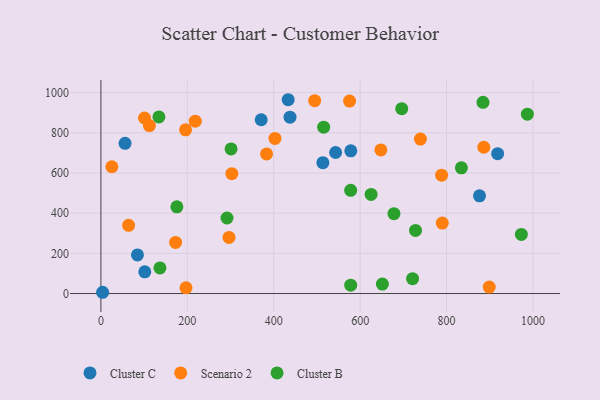
{"axis": {"x": "Ad Spend", "y": "Exam Score"}, "legend": ["Cluster B", "Cluster C", "Scenario 2"], "data": [{"x": "513.8", "y": 651.5, "type": "Cluster C"}, {"x": "371.0", "y": 865.0, "type": "Cluster C"}, {"x": "876.3", "y": 486.6, "type": "Cluster C"}, {"x": "4.0", "y": 6.2, "type": "Cluster C"}, {"x": "918.3", "y": 696.2, "type": "Cluster C"}, {"x": "433.5", "y": 964.8, "type": "Cluster C"}, {"x": "101.6", "y": 107.9, "type": "Cluster C"}, {"x": "578.4", "y": 710.6, "type": "Cluster C"}, {"x": "55.9", "y": 747.5, "type": "Cluster C"}, {"x": "543.3", "y": 702.0, "type": "Cluster C"}, {"x": "437.7", "y": 877.9, "type": "Cluster C"}, {"x": "84.6", "y": 192.3, "type": "Cluster C"}, {"x": "739.6", "y": 769.1, "type": "Scenario 2"}, {"x": "218.4", "y": 858.1, "type": "Scenario 2"}, {"x": "112.3", "y": 836.0, "type": "Scenario 2"}, {"x": "64.1", "y": 339.4, "type": "Scenario 2"}, {"x": "197.0", "y": 28.6, "type": "Scenario 2"}, {"x": "100.9", "y": 873.7, "type": "Scenario 2"}, {"x": "898.8", "y": 32.0, "type": "Scenario 2"}, {"x": "296.5", "y": 279.1, "type": "Scenario 2"}, {"x": "788.6", "y": 589.2, "type": "Scenario 2"}, {"x": "196.0", "y": 815.0, "type": "Scenario 2"}, {"x": "648.0", "y": 714.8, "type": "Scenario 2"}, {"x": "886.3", "y": 728.3, "type": "Scenario 2"}, {"x": "383.4", "y": 694.8, "type": "Scenario 2"}, {"x": "494.8", "y": 960.0, "type": "Scenario 2"}, {"x": "25.3", "y": 631.0, "type": "Scenario 2"}, {"x": "402.9", "y": 771.9, "type": "Scenario 2"}, {"x": "790.1", "y": 350.9, "type": "Scenario 2"}, {"x": "575.6", "y": 958.1, "type": "Scenario 2"}, {"x": "172.9", "y": 254.3, "type": "Scenario 2"}, {"x": "303.1", "y": 596.7, "type": "Scenario 2"}, {"x": "728.2", "y": 314.2, "type": "Cluster B"}, {"x": "175.9", "y": 431.8, "type": "Cluster B"}, {"x": "578.1", "y": 513.7, "type": "Cluster B"}, {"x": "578.2", "y": 41.3, "type": "Cluster B"}, {"x": "973.2", "y": 294.1, "type": "Cluster B"}, {"x": "625.4", "y": 493.3, "type": "Cluster B"}, {"x": "134.3", "y": 879.1, "type": "Cluster B"}, {"x": "291.9", "y": 375.9, "type": "Cluster B"}, {"x": "987.1", "y": 893.1, "type": "Cluster B"}, {"x": "834.4", "y": 625.8, "type": "Cluster B"}, {"x": "301.3", "y": 719.7, "type": "Cluster B"}, {"x": "721.4", "y": 73.9, "type": "Cluster B"}, {"x": "515.6", "y": 828.3, "type": "Cluster B"}, {"x": "651.5", "y": 47.2, "type": "Cluster B"}, {"x": "136.7", "y": 127.2, "type": "Cluster B"}, {"x": "678.3", "y": 397.5, "type": "Cluster B"}, {"x": "884.4", "y": 951.8, "type": "Cluster B"}, {"x": "696.3", "y": 920.1, "type": "Cluster B"}]}